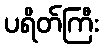
ပရိတ်ကြီး